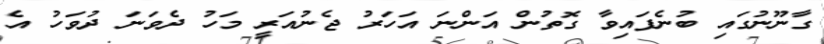
ގާނޫނުގައި ބުނެފައިވާ ގޮތުން އަންނަ އަހަރު ޖެނުއަރީ މަހު ދެވަނަ ދުވަހު އެ